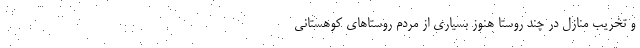
و تخریب منازل در چند روستا هنوز بسیاری از مردم روستا‌های کوهستانی